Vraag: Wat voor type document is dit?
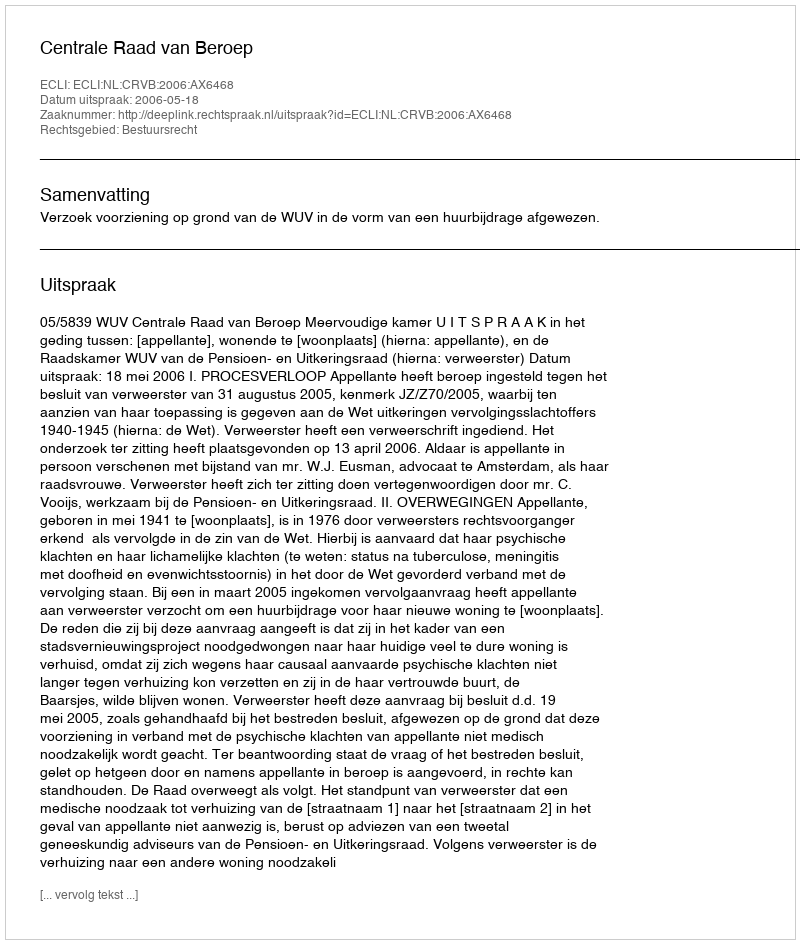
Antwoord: Uitspraak